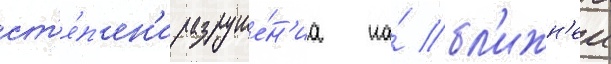
ст'е́п'ен'и разруше́н'иа на́ бл'ижн'еи